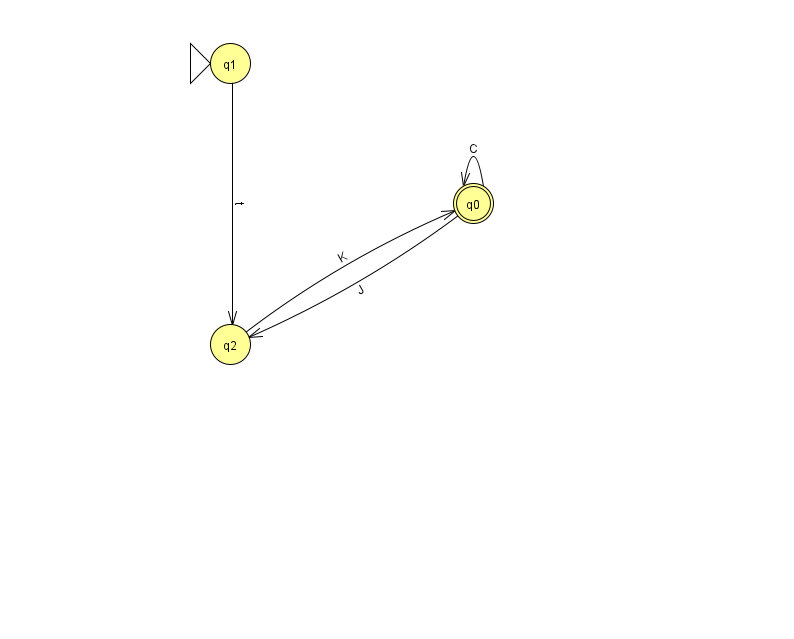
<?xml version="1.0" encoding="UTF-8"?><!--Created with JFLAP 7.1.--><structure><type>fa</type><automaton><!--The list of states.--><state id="0" name="q0"><x>473.0</x><y>190.0</y><final/></state><state id="1" name="q1"><x>230.0</x><y>50.0</y><initial/></state><state id="2" name="q2"><x>230.0</x><y>331.0</y></state><!--The list of transitions.--><transition><from>0</from><to>0</to><read>C</read></transition><transition><from>0</from><to>2</to><read>J</read></transition><transition><from>2</from><to>0</to><read>K</read></transition><transition><from>1</from><to>2</to><read>t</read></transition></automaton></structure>